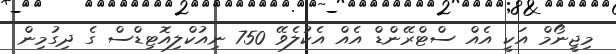
މިޖީނޯމް އަކީ އެއް ސްޓްރޭންޑް އެއް އެކުލެވޭ 750 ނިއުކްލިއޮޓިޑްސް ގެ ދިގުމިން